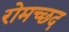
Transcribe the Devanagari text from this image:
रोमच्छद